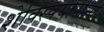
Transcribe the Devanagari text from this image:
शेक्स्पियाराना